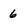
Character: 6